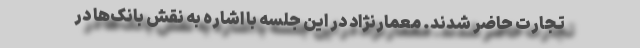
تجارت حاضر شدند. معمارنژاد در این جلسه با اشاره به نقش بانک‌ها در